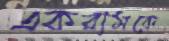
একরামকে